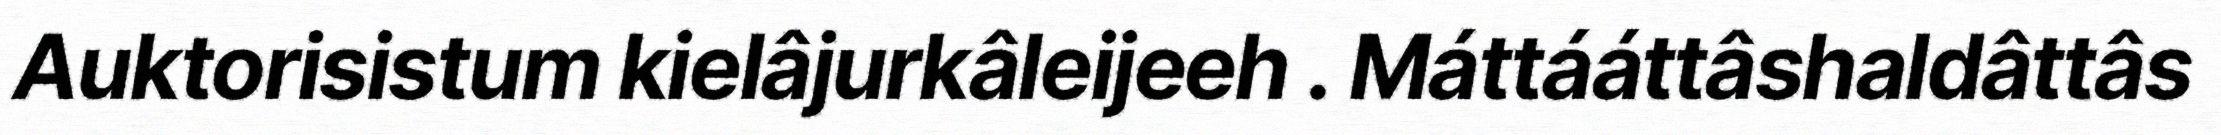
Auktorisistum kielâjurkâleijeeh . Máttááttâshaldâttâs